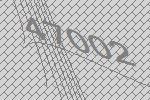
47002